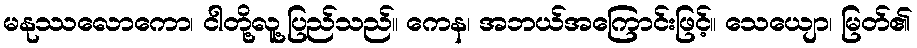
မနုဿလောကော၊ ငါတို့လူ့ပြည်သည်။ ကေန၊ အဘယ်အကြောင်းဖြင့်။ သေယျော၊ မြတ်၏